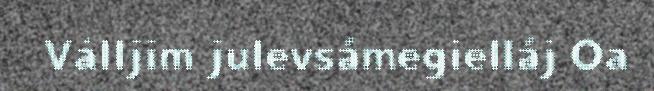
Válljim julevsámegielláj Oa